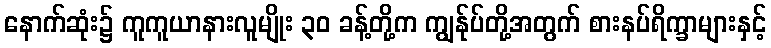
နောက်ဆုံး၌ ကူကူယာနားလူမျိုး ၃၀ ခန့်တို့က ကျွန်ုပ်တို့အတွက် စားနပ်ရိက္ခာများနှင့်